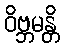
ဝိဗ္ဘမန္တိ